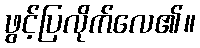
ဖွင့်ပြလိုက်လေ၏။